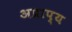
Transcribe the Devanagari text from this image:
अप्राप्‍य